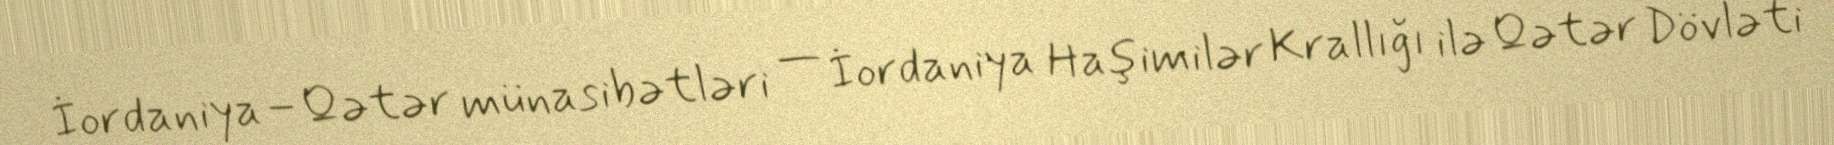
İordaniya–Qətər münasibətləri — İordaniya Haşimilər Krallığı ilə Qətər Dövləti